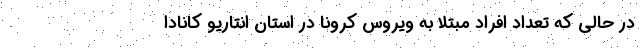
در حالی که تعداد افراد مبتلا به ویروس کرونا در استان انتاریو کانادا